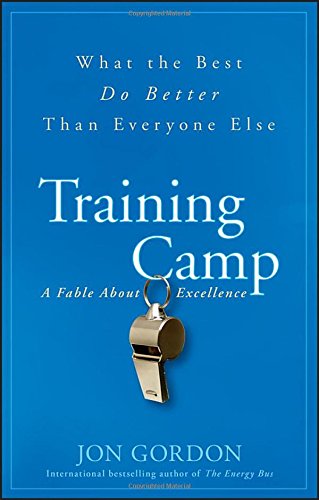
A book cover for Training Camp: What the Best Do Better Than Everyone Else; Jon Gordon; Business & Money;